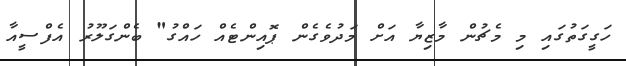
ހަގީގަތުގައި މި މެޗުން މާޒިޔާ އަށް މަދުވެގެން ޕޮއިންޓެއް ހައްގު" ބެންގަލޫރު އެފްސީއާ